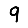
Digit: 9